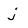
Character: j